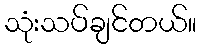
သုံးသပ်ချင်တယ်။